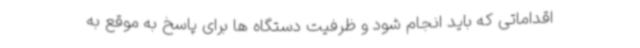
اقداماتی که باید انجام شود و ظرفیت دستگاه ها برای پاسخ به موقع به